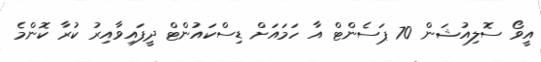
އީވޯ ސޮލިއުޝަން 70 ޕަސެންޓް އާ ހަމައަށް ޑިސްކައުންޓް ދީފައިވާއިރު ކުރާ ކޮންމެ